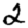
Digit: 2